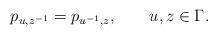
LaTeX: \begin{align*}p_{u,z^{-1}}=p_{u^{-1},z},\qquad{u},z\in\Gamma.\end{align*}